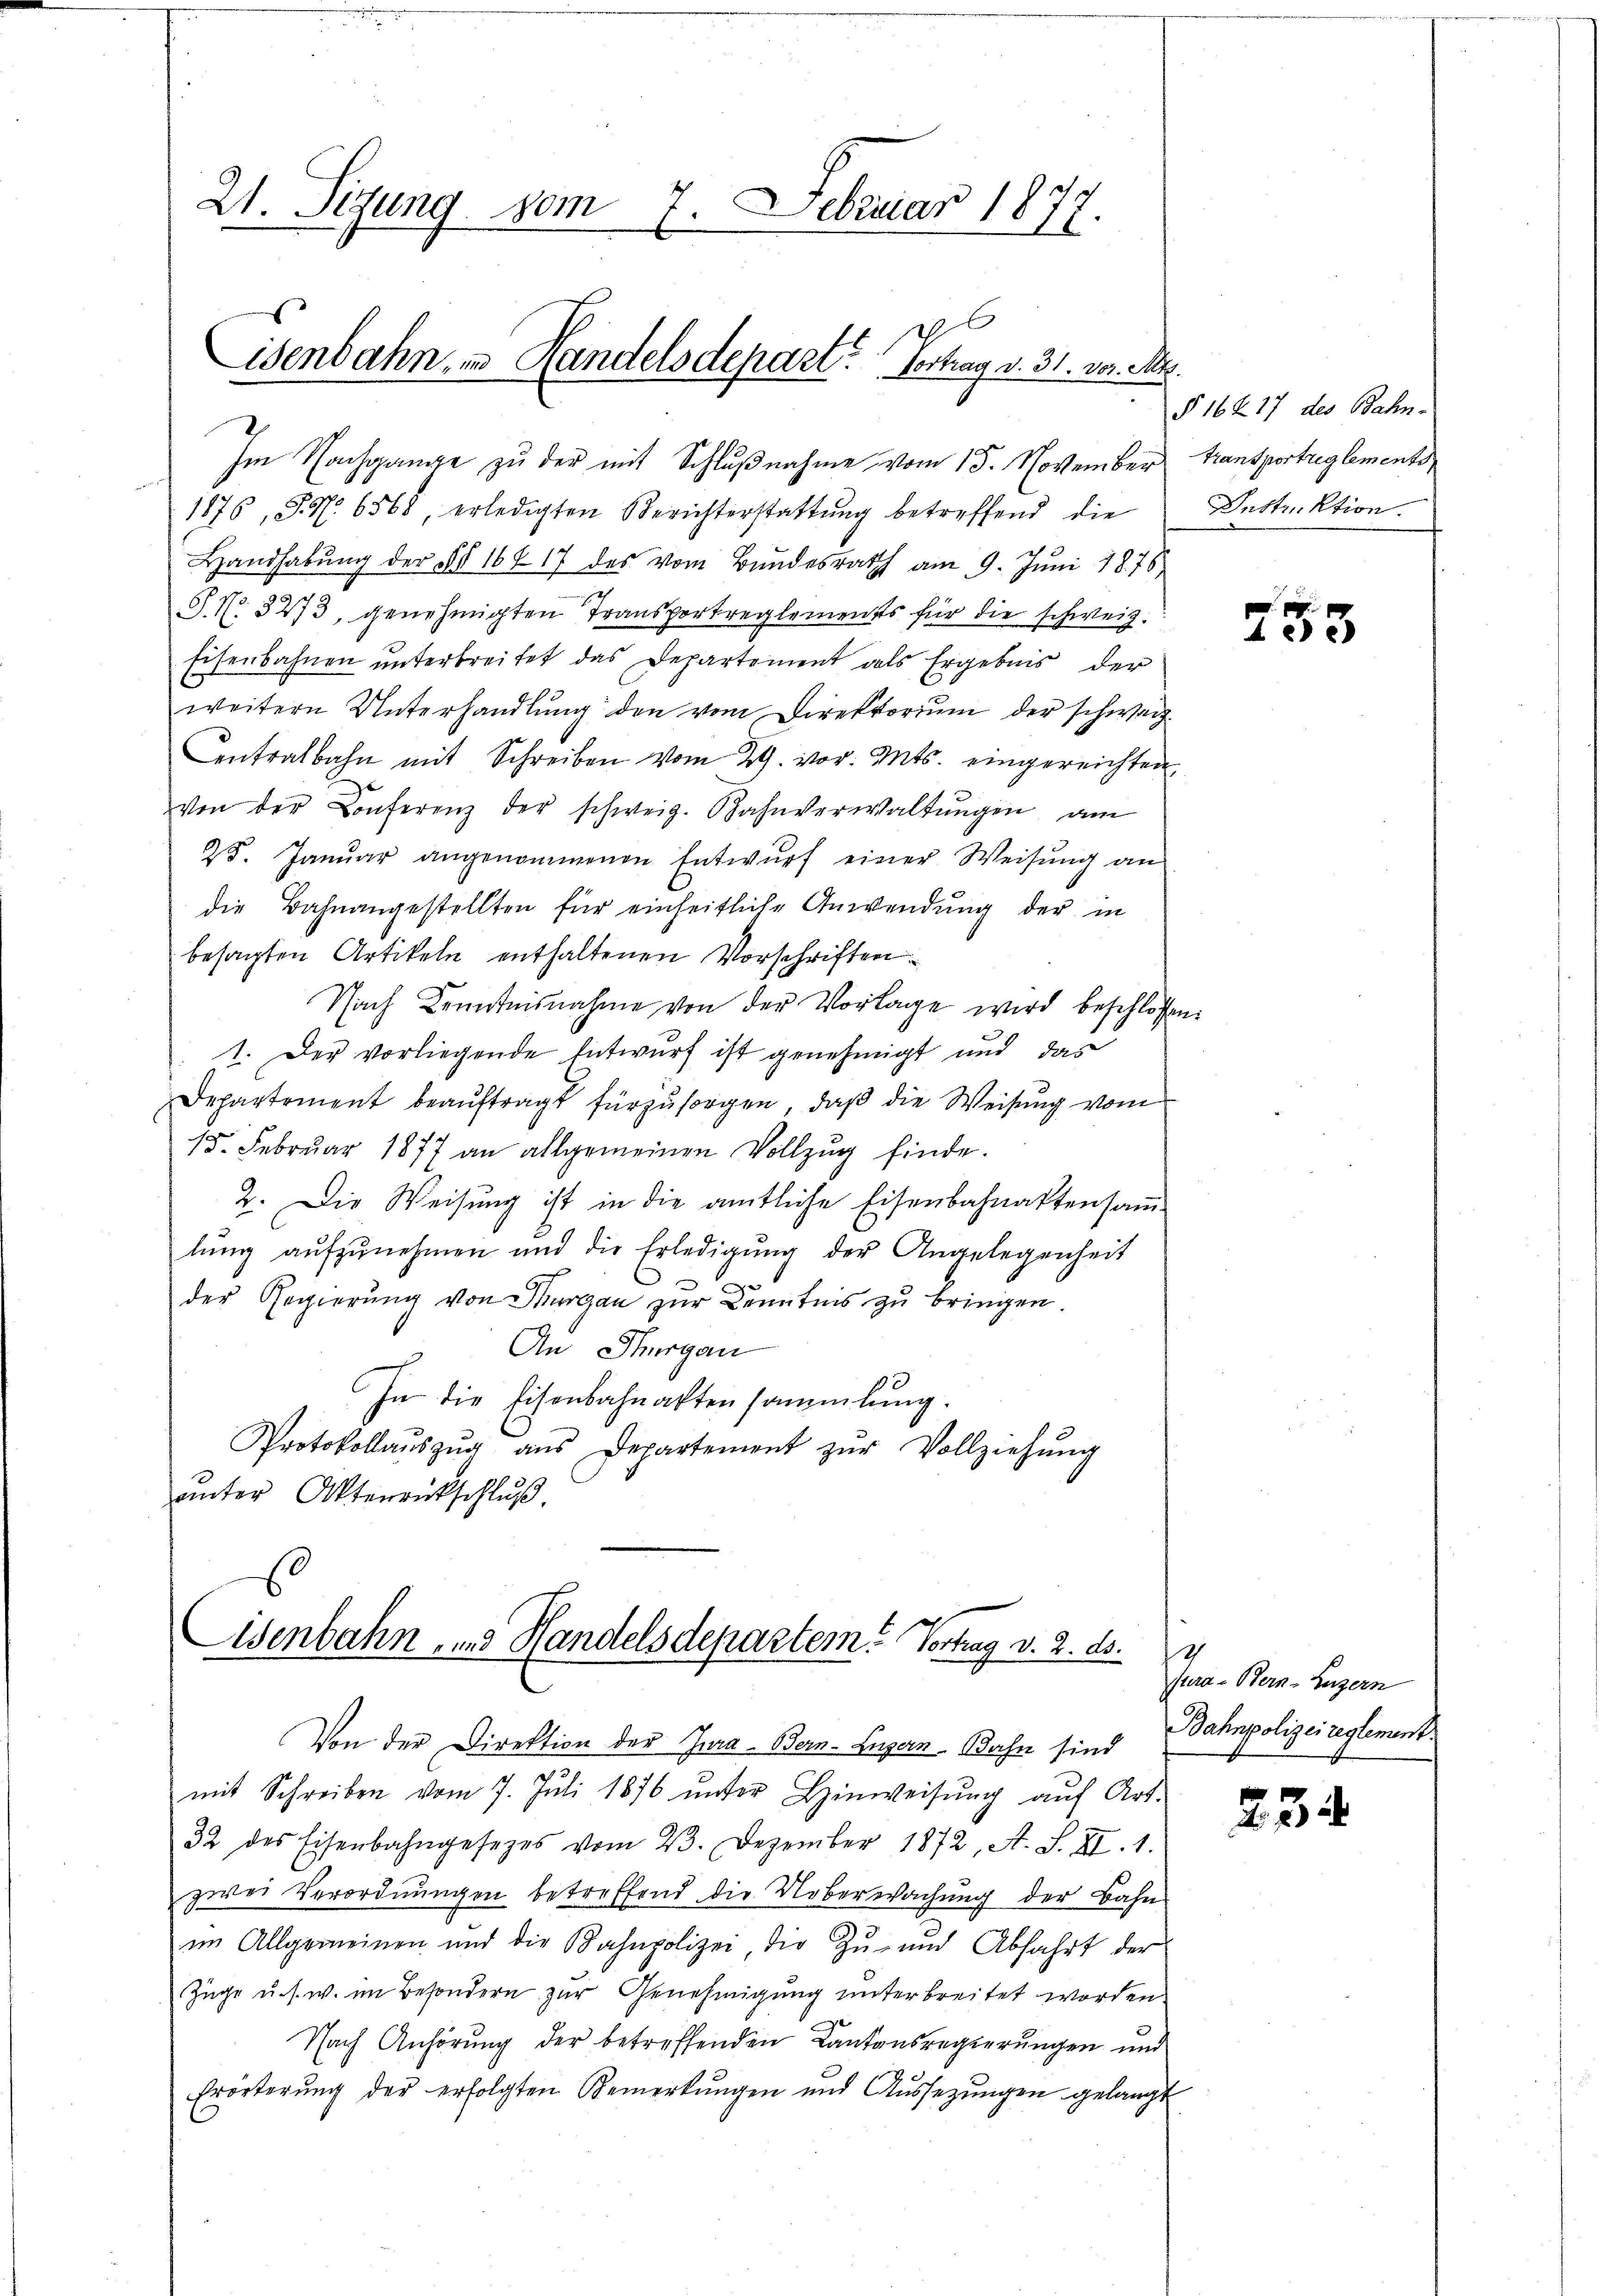
21. Sizung vom 7. Februar 1877
x
isenbahn, in Handelsdepart? Vortrag v. 31. vor. d.

Im Nachgange zu der mit Schlußnahme vom 15. November transportreglements
1876, S. N. 6568, erledigten Berichterstattung betreffend die
Handhabŭng der §§ 16417 des vom Bundesrath am 9. Jŭni 1876
S. No. 3273, genehmigten Transportreglements für die schweiz.
Eisenbahnen unterbreitet das Departement als Ergebnis der
weitern Unterhandlung den vom Direktorium der schwarz¬
Centralbahn mit Schreiben vom 29. vor. Mts. eingereichten,
Von der Conferenz der schweiz. Rahnverwaltŭngen, am
25. Janŭar angenommenen Entwŭrf einer Weisŭng an
die Bahnangestellten für einheitliche Anwendung der in
besagten Artikeln enthaltenen Vorschriften
Nach Kenntnisnahme von der Vorlage wird beschlossen:
1. Der vorliegende Entwurf ist genehmigt und das
Departement beaŭftragt fürzŭsorgen, daß die Weisung vom
15. Februar 1877 an allgemeinen Vollzug finde.
2. Die Weisung ist in die amtliche Eisenbahnaktensamlŭng aŭfzŭnehmen und die Erledigŭng der Angelegenheit
der Regierŭng von Thurgau zur Kenntnis zu bringen.
An Thurgau
In die Eisenbahnaktensammlung.
Protokollaŭszŭg ans Departement zŭr Vollziehŭng
unter Aktenrückschluß

Eisenbahn- und Handelsdepartem Vortrag d. 2. ds.

Von der Direktion der Jura - Bern-Luzern Bahn sind

.
§ 16417 des Bahn-
Instruktion.

mit Schreiben vom 7. Juli 1876 unter Hinweisung auf Art.
32 des Eisenbahngesetzes vom 23. Dezember 1872, A. S. II. 1.
zwei Verordnungen betreffend die Ueberwachung der Bahn
im Allgemeinen und die Bahnpolizei, die Zŭ- und Abfahrt der
Züge u. s. w. im Besondern zur Genehmigung unterbreitet worden.
Nach Anhörung der betreffenden Kantonsregierungen und
Erörterŭng der erfolgten Bemerkŭngen und Aŭssetzŭngen gelangt

153

g
sura - Bern-Luzern
Bahnpolizei reglement.

234